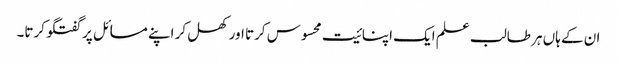
ان کے ہاں ہر طالب علم ایک اپنائیت محسوس کرتا اور کھل کر اپنے مسائل پر گفتگو کرتا۔